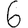
Digit: 6